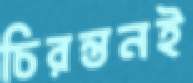
চিরন্তনই